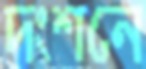
দংশনে